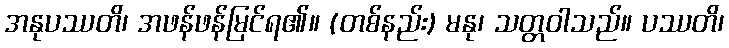
အနုပဿတိ၊ အဖန်ဖန်မြင်ရ၏။ (တစ်နည်း) မနု၊ သတ္တဝါသည်။ ပဿတိ၊